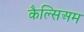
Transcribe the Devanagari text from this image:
कैल्सिअम